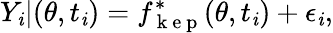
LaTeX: Y_{\mathit{i}}|(\theta,t_{\mathit{i}})=f_{\mathrm{{~k~e~p~}}}^{*}(\theta,t_{\mathit{i}})+\epsilon_{\mathit{i}},